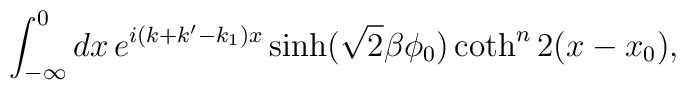
\int_{-\infty}^{0}dx\,e^{i(k+k'-k_{1})x}\sinh(\sqrt{2}\beta\phi_{0})\coth^{n}2(x-x_{0}),